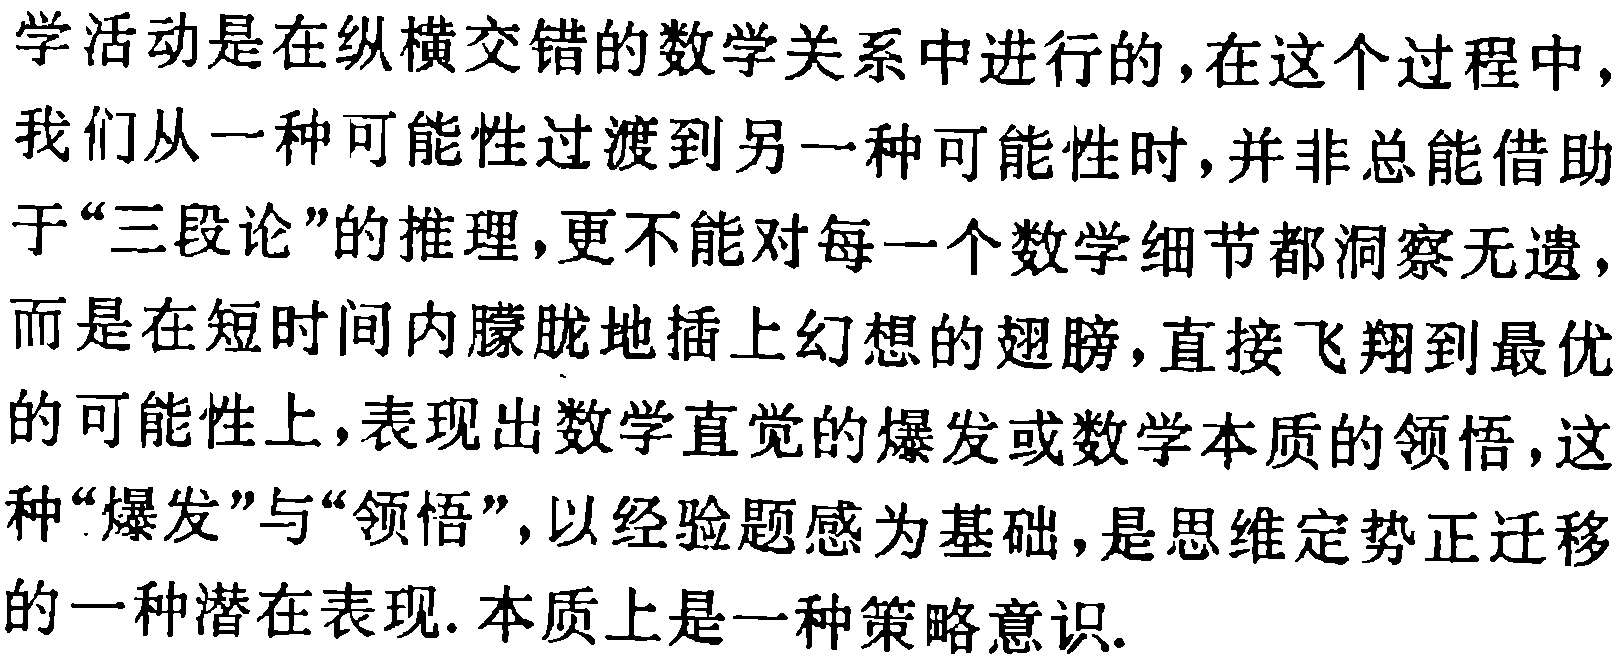
学活动是在纵横交错的数学关系中进行的，在这个过程中，我们从一种可能性过渡到另一种可能性时，并非总能借助于“三段论”的推理，更不能对每一个数学细节都洞察无遗，而是在短时间内朦胧地插上幻想的翅膀，直接飞翔到最优的可能性上，表现出数学直觉的爆发或数学本质的领悟，这种“爆发”与“领悟”，以经验题感为基础，是思维定势正迁移的一种潜在表现. 本质上是一种策略意识.